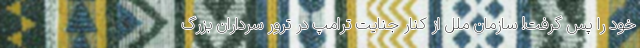
خود را پس گرفت‌! سازمان ملل از کنار جنایت ترامپ در ترور سرداران بزرگ